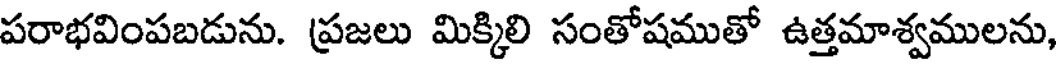
పరాభవింపబడును. ప్రజలు మిక్కిలి సంతోషముతో ఉత్తమాశ్వములను,